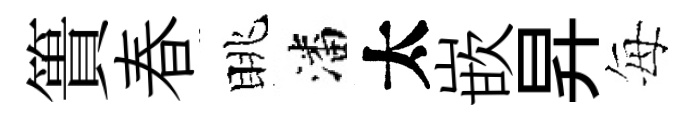
簣春眺潘太嵌昇每